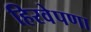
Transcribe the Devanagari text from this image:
हिरवेपणा